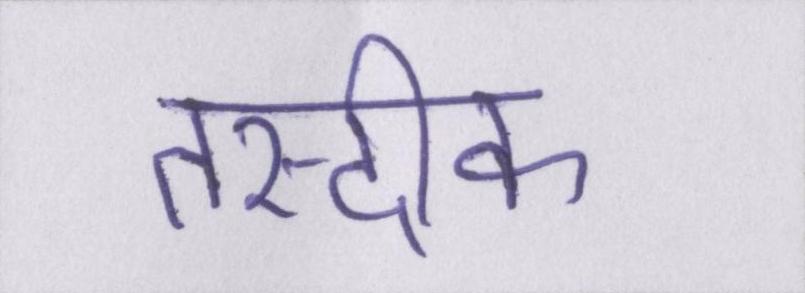
तस्दीक